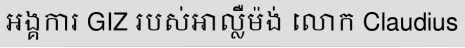
អង្គការ GIZ របស់អាល្លឺម៉ង់ លោក Claudius